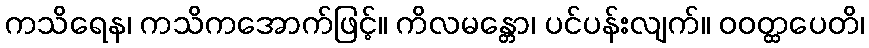
ကသိရေန၊ ကသိကအောက်ဖြင့်။ ကိလမန္တော၊ ပင်ပန်းလျက်။ ဝဝတ္ထပေတိ၊